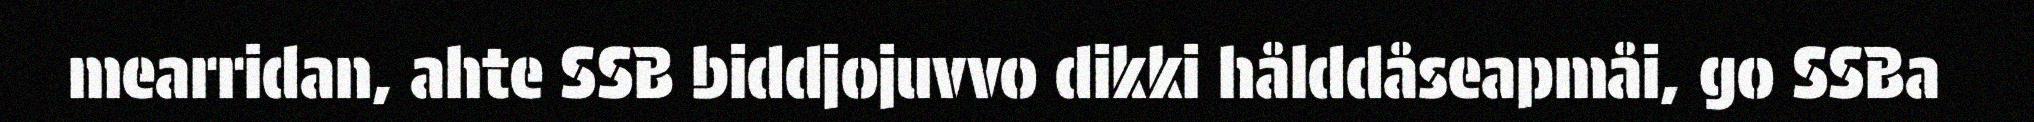
mearridan, ahte SSB biddjojuvvo dikki hålddåseapmåi, go SSBa